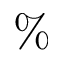
\%